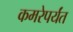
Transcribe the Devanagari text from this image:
कमरेपर्यंत